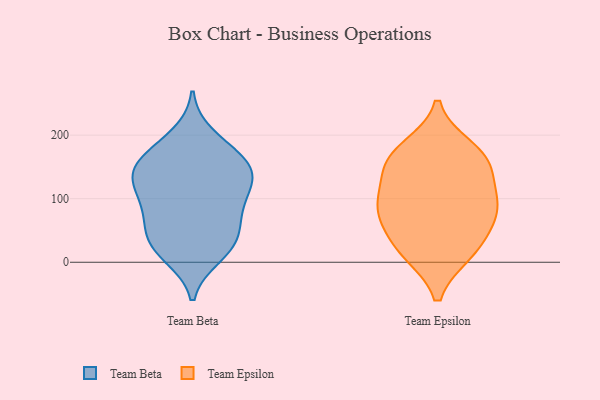
{"axis": {"x": "Population (Million)", "y": "Value"}, "legend": ["Team Beta", "Team Epsilon"], "data": [{"x": "", "y": 36, "type": "Team Beta"}, {"x": "", "y": 140, "type": "Team Beta"}, {"x": "", "y": 103, "type": "Team Beta"}, {"x": "", "y": 152, "type": "Team Beta"}, {"x": "", "y": 16, "type": "Team Beta"}, {"x": "", "y": 42, "type": "Team Beta"}, {"x": "", "y": 150, "type": "Team Beta"}, {"x": "", "y": 199, "type": "Team Beta"}, {"x": "", "y": 122, "type": "Team Beta"}, {"x": "", "y": 10, "type": "Team Beta"}, {"x": "", "y": 169, "type": "Team Beta"}, {"x": "", "y": 88, "type": "Team Beta"}, {"x": "", "y": 174, "type": "Team Beta"}, {"x": "", "y": 72, "type": "Team Beta"}, {"x": "", "y": 136, "type": "Team Beta"}, {"x": "", "y": 74, "type": "Team Beta"}, {"x": "", "y": 125, "type": "Team Beta"}, {"x": "", "y": 31, "type": "Team Beta"}, {"x": "", "y": 153, "type": "Team Epsilon"}, {"x": "", "y": 17, "type": "Team Epsilon"}, {"x": "", "y": 40, "type": "Team Epsilon"}, {"x": "", "y": 92, "type": "Team Epsilon"}, {"x": "", "y": 159, "type": "Team Epsilon"}, {"x": "", "y": 16, "type": "Team Epsilon"}, {"x": "", "y": 90, "type": "Team Epsilon"}, {"x": "", "y": 81, "type": "Team Epsilon"}, {"x": "", "y": 178, "type": "Team Epsilon"}, {"x": "", "y": 91, "type": "Team Epsilon"}, {"x": "", "y": 156, "type": "Team Epsilon"}]}